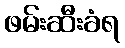
ဖမ်းဆီးခံရ